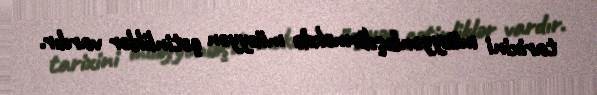
tarixini müəyyənləşdirməkdə müəyyən çətinliklər vardır.